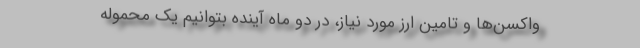
واکسن‌ها و تامین ارز مورد نیاز، در دو ماه آینده بتوانیم یک محموله